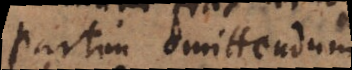
partim omittendum